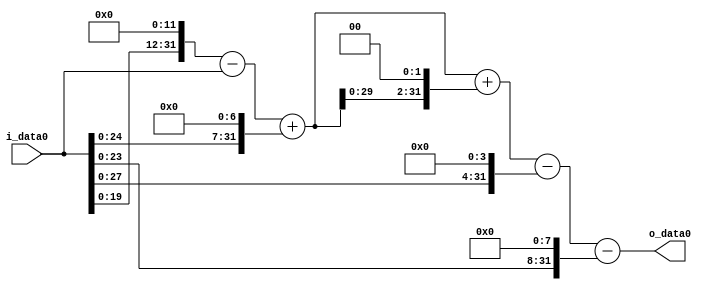
module multiplier_block (
    i_data0,
    o_data0
);

  // Port mode declarations:
  input   [31:0] i_data0;
  output  [31:0]
    o_data0;

  //Multipliers:

  wire [31:0]
    w1,
    w4096,
    w4095,
    w128,
    w4223,
    w16892,
    w21115,
    w16,
    w21099,
    w256,
    w20843;

  assign w1 = i_data0;
  assign w128 = w1 << 7;
  assign w16 = w1 << 4;
  assign w16892 = w4223 << 2;
  assign w20843 = w21099 - w256;
  assign w21099 = w21115 - w16;
  assign w21115 = w4223 + w16892;
  assign w256 = w1 << 8;
  assign w4095 = w4096 - w1;
  assign w4096 = w1 << 12;
  assign w4223 = w4095 + w128;

  assign o_data0 = w20843;

  //multiplier_block area estimate = 8858.20315051765;
endmodule